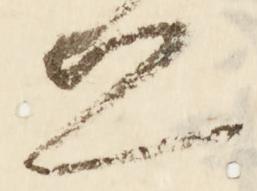
恐